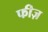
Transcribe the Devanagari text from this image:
फीज़